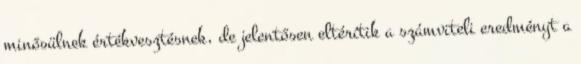
minősülnek értékvesztésnek, de jelentősen eltérítik a számviteli eredményt a